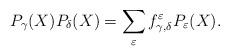
LaTeX: \begin{align*} P_{\gamma}(X) P_{\delta}(X) = \sum_{\varepsilon} f_{\gamma,\delta}^{\varepsilon} P_{\varepsilon}(X). \end{align*}